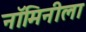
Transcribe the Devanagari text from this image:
नॉमिनीला